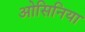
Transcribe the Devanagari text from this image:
ओसिनिया